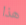
هذا